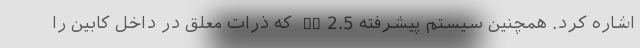
اشاره کرد. همچنین سیستم پیشرفته PM2.5 که ذرات معلق در داخل کابین را